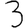
Digit: 3